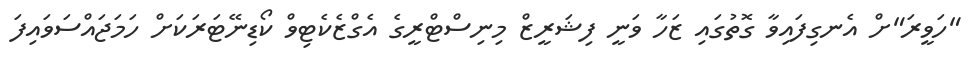
"ހަވީރަ"ށް އެނގިފައިވާ ގޮތުގައި ޒަހާ ވަނީ ފިޝަރީޒް މިނިސްޓްރީގެ އެގްޒެކެޓިވް ކޯޑިނޭޓަރަކަށް ހަމަޖައްސަވައިފަ